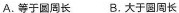
A.等于圆周长 B.大于圆周长